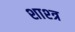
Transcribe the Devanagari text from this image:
शाश्त्र